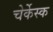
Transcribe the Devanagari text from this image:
चेर्केस्क